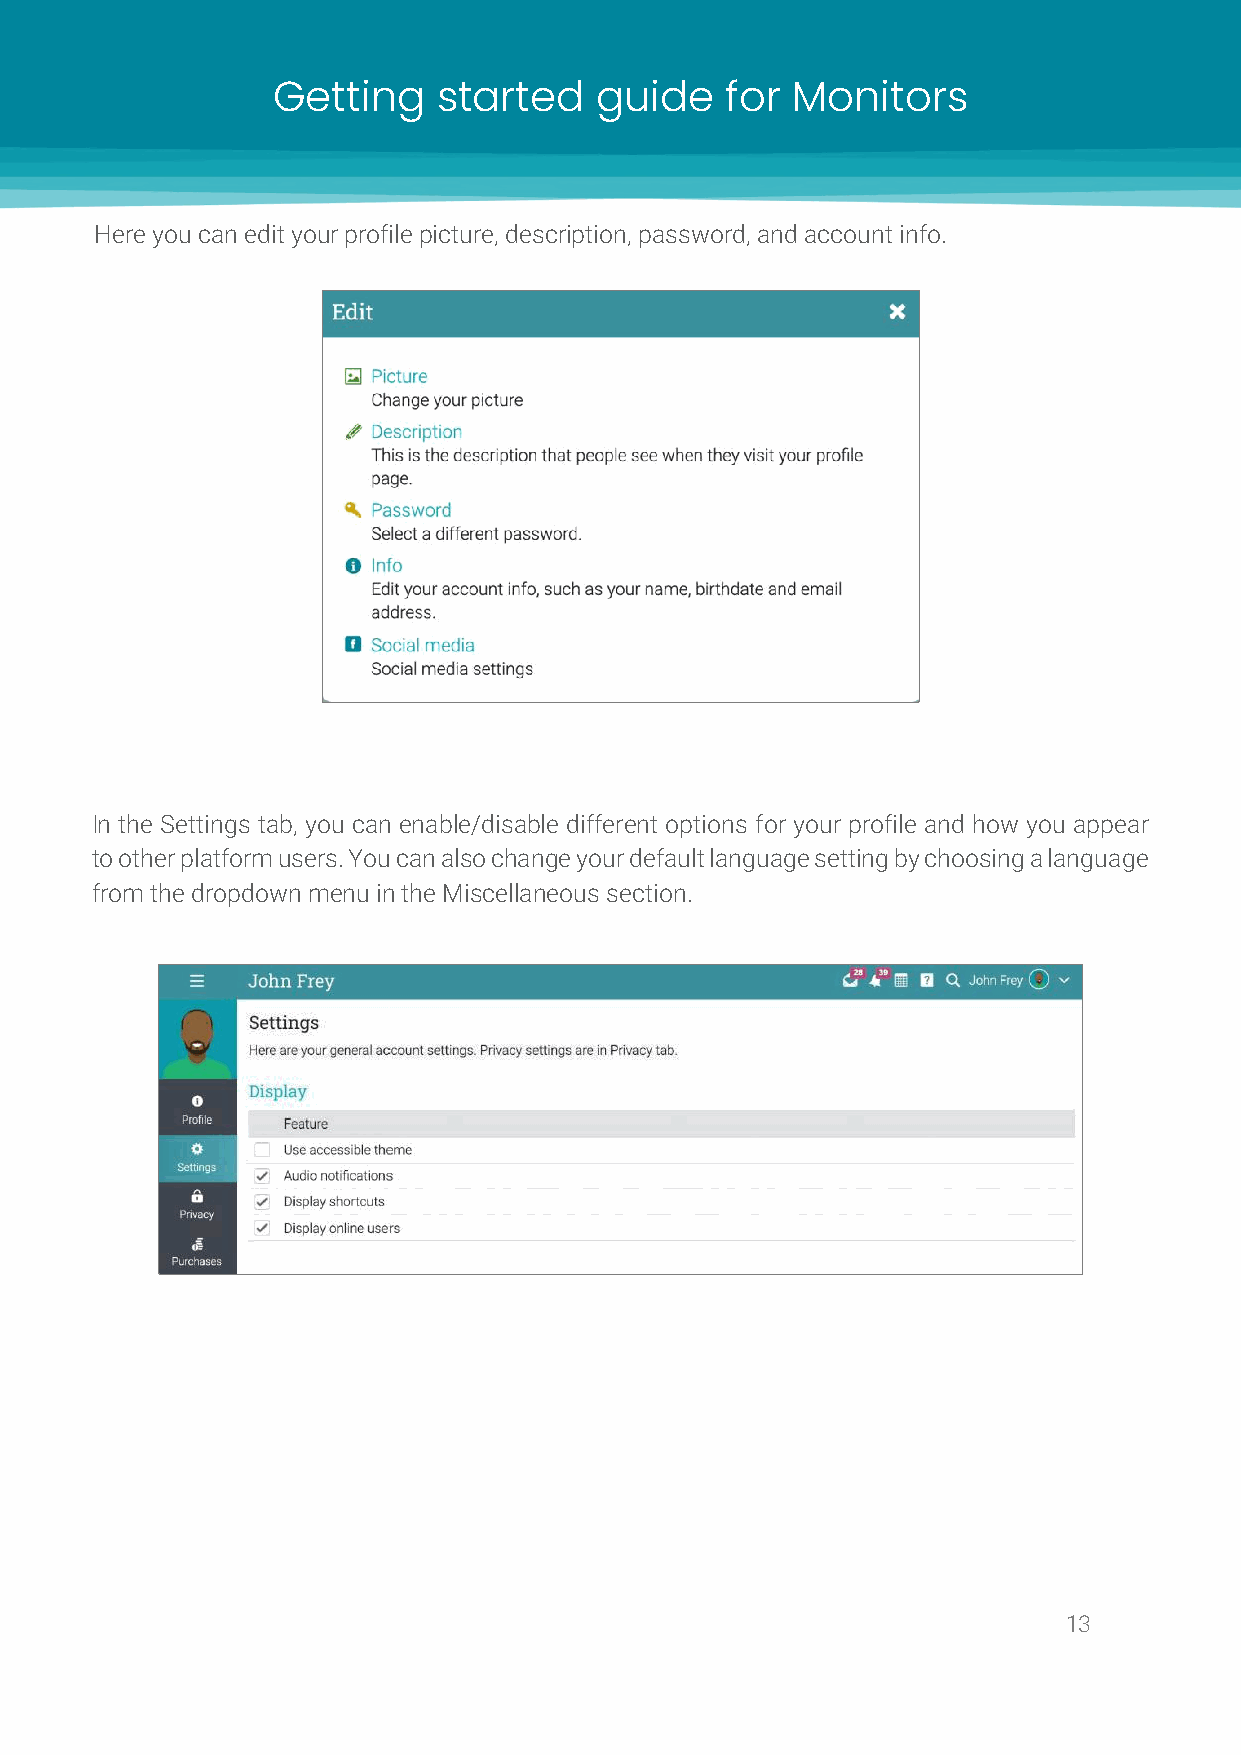
Getting    started   guide    for Monitors
 Here you can edit your profile picture, description, password, and account info.
 In the Settings tab, you can enable/disable different options for your profile and how you appear
 to other platform users. You can also change your default language setting by choosing a language
 from the dropdown menu in the Miscellaneous section.
 13